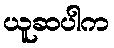
ယူဆပါက